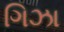
ગિઝા